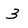
Character: 3